Assam Mental Hospital (Tezpur, India) - 1933-1948
Year: 1933
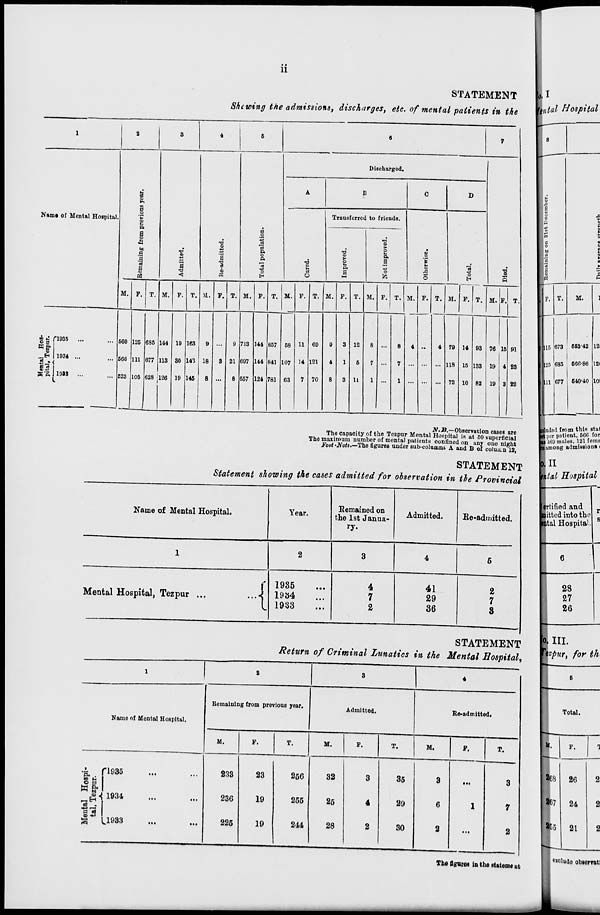
ii
STATEMENT
Showing the admissions, discharges, etc. of mental patients in the
1
Name of Mental Hospital.
Mental Hos-
pital, Tezpur.
1935 ... ...
1934 ... ...
1933 ... ...
2
Remaining from previous year.
M.
560
566
523
F.
125
111
105
T.
685
677
628
3
Admitted.
M.
144
113
126
F.
19
30
19
T.
163
143
145
4
Re-admitted.
M.
9
18
8
F.
...
3
...
T.
9
21
8
5
Total population.
M.
713
697
657
F.
144
144
124
T.
857
841
781
6
Discharged.
A
Cured.
M.
58
107
63
F.
11
14
7
T.
69
121
70
B
Transferred to friends.
Improved.
M.
9
4
8
F.
3
1
3
T.
12
5
11
Not improved.
M.
8
7
1
F.
...
...
...
T.
8
7
1
C
Otherwise.
M.
4
...
...
F.
...
...
...
T.
4
...
...
D
Total.
M.
79
118
72
F.
14
15
10
T.
93
133
82
7
Died.
M.
76
19
19
F.
15
4
3
T.
91
23
22
N.B.—Observation cases are
The capacity of the Tezpur Mental Hospital is at 50 superficial
The maximum number of mental patients confined on any one night
Foot-Note.—The figures under sub-columns A and B of column 12,
STATEMENT
Statement showing the cases admitted for observation in the Provincial
Name of Mental Hospital.
1
Mental Hospital, Tezpur ...
...
Year.
2
1935 ...
1934 ...
1933 ...
Remained on
the 1st Janua-
ry.
3
4
7
2
Admitted.
4
41
29
36
Re-admitted.
5
2
7
3
STATEMENT
Return of Criminal Lunatics in the Mental Hospital,
1
Name of Mental Hospital.
Mental Hospi-
tal, Tezpur.
1935 ... ...
1934 ... ...
1933
...
...
2
Remaining from previous year.
M.
233
236
225
F.
23
19
19
T.
256
255
244
3
Admitted.
M.
32
25
28
F.
3
4
2
T.
35
29
30
4
Re-admitted.
M.
3
6
2
F.
...
1
...
T.
3
7
2
The figures in the statement